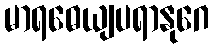
မာရဓေယျပရာနုဂေ